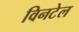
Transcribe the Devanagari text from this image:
विनटेल